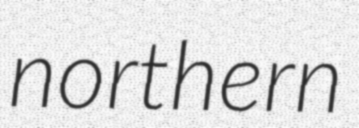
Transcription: northern